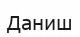
Даниш